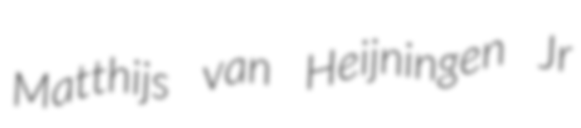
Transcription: Matthijs van Heijningen Jr